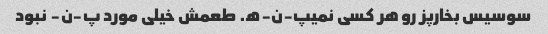
سوسیس بخارپز رو هر کسی نمیپ-ن-ه. طعمش خیلی مورد پ-ن- نبود